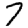
Digit: 7